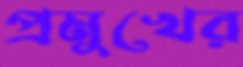
প্রমুখের